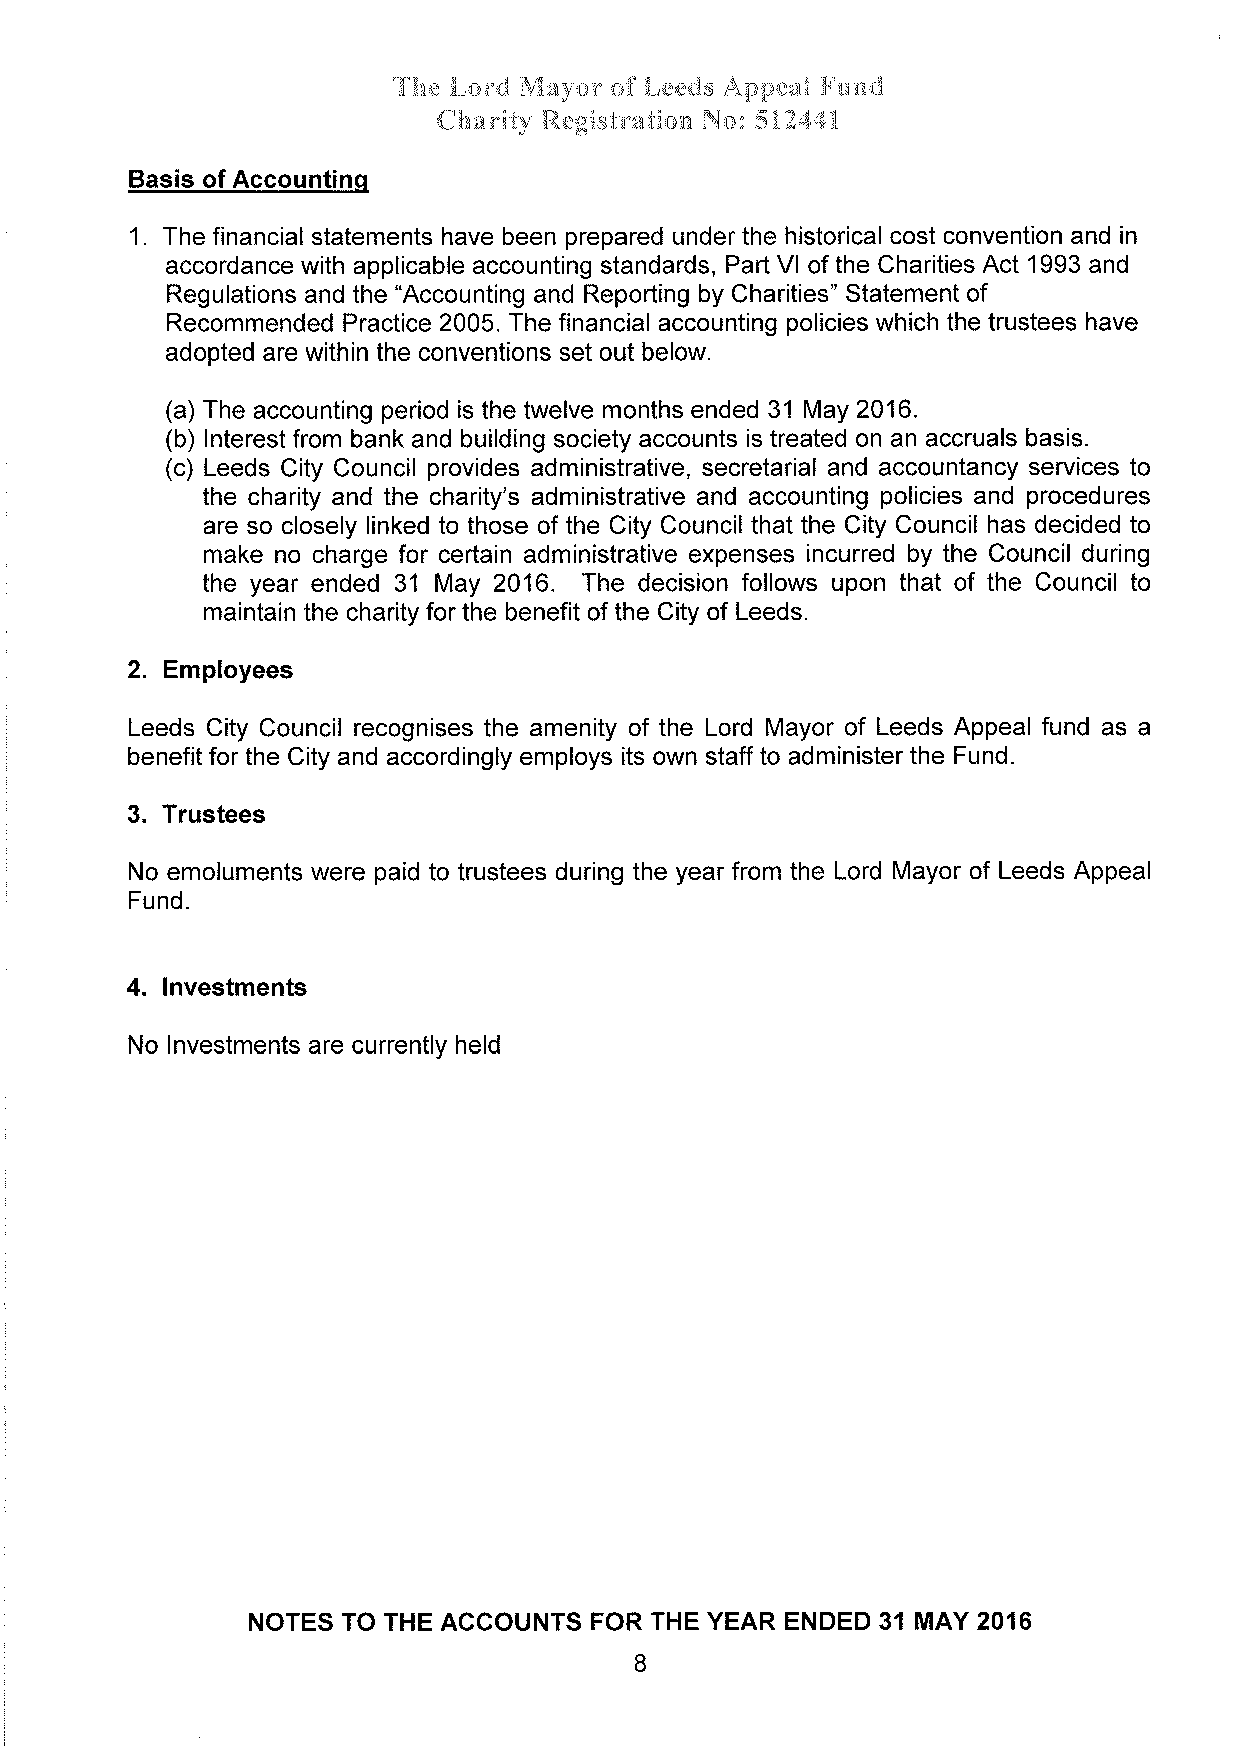
The Lord Mayor of Leeds Appeal Fund
 Charity Registration No: 512441
 Basis of Accounting
 1. The financial statements have been prepared under the historical cost convention and in
 accordance with applicable accounting standards, Part Vl of the Charities Act 1993 and
 Regulations and the "Accounting and Reporting by Charities" Statement of
 Recommended Practice 2005. The financial accounting policies which the trustees have
 adopted are within the conventions set out below.
 (a) The accounting period is the twelve months ended 31 May 2016.
 (b) lnterest from bank and building society accounts is treated on an accruals basis.
 (c) Leeds City Council provides administrative, secretarial and accountancy services to
 the charity and the charity's administrative and accounting policies and procedures
 are so closely linked to those of the City Council that the City Council has decided to
 make no charge for certain administrative expenses incurred by the Council during
 the year ended 31 May 2016. The decision follows upon that of the Council to
 maintain the charity for the benefit of the City of Leeds.
 2. Employees
 Leeds City Council recognises the amenity of the Lord Mayor of Leeds Appeal fund as a
 benefit for the City and accordingly employs its own staff to administer the Fund.
 3. Trustees
 No emoluments were paid to trustees during the year from the Lord Mayor of Leeds Appeal
 Fund.
 4. lnvestments
 No lnvestments are currently held
 NOTES  TO THE ACCOUNTS FOR THE YEAR ENDED 3I MAY 2016
 I